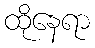
ထိုနေရာ